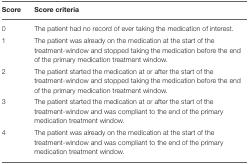
<table><thead><tr><td><b>Score</b></td><td><b>Score criteria</b></td></tr></thead><tbody><tr><td>0</td><td>The patient had no record of ever taking the medication of interest.</td></tr><tr><td>1</td><td>The patient was already on the medication at the start of the treatment-window and stopped taking the medication before the end of the primary medication treatment window.</td></tr><tr><td>2</td><td>The patient started the medication at or after the start of the treatment-window and stopped taking the medication before the end of the primary medication treatment window.</td></tr><tr><td>3</td><td>The patient started the medication at or after the start of the treatment-window and was compliant to the end of the primary medication treatment window.</td></tr><tr><td>4</td><td>The patient was already on the medication at the start of the treatment-window and was compliant to the end of the primary medication treatment window.</td></tr></tbody></table>